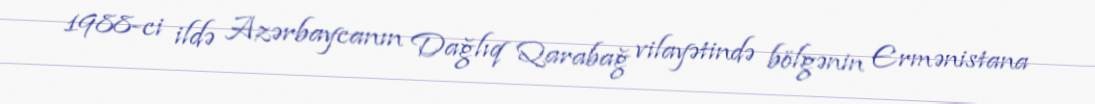
1988-ci ildə Azərbaycanın Dağlıq Qarabağ vilayətində bölgənin Ermənistana